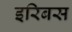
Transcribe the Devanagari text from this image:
इरिबस